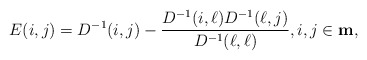
\begin{align*}E(i,j) = D^{-1}(i,j) - \frac{ D^{-1}(i,\ell)D^{-1}(\ell,j)}{D^{-1}(\ell,\ell)},i,j\in {\bf m},\end{align*}